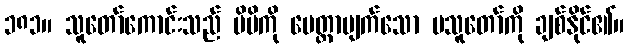
၁၈၁။ သူတော်ကောင်းသည် မိမိကို မေတ္တာပျက်သော မသူတော်ကို ချစ်နိုင်၏။